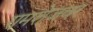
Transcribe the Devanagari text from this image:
रामशेजवर